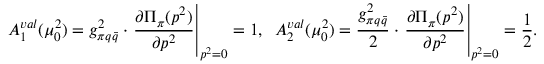
A _ { 1 } ^ { v a l } ( \mu _ { 0 } ^ { 2 } ) = g _ { \pi q \bar { q } } ^ { 2 } \cdot \left. \frac { \partial { \Pi } _ { \pi } ( p ^ { 2 } ) } { \partial p ^ { 2 } } \right| _ { p ^ { 2 } = 0 } = 1 , \; \; A _ { 2 } ^ { v a l } ( \mu _ { 0 } ^ { 2 } ) = \frac { g _ { \pi q \bar { q } } ^ { 2 } } { 2 } \cdot \left. \frac { \partial { \Pi } _ { \pi } ( p ^ { 2 } ) } { \partial p ^ { 2 } } \right| _ { p ^ { 2 } = 0 } = \frac { 1 } { 2 } .